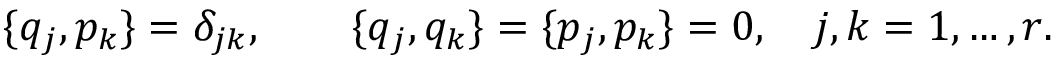
\{ q _ { j } , p _ { k } \} = \delta _ { j k } , \qquad \{ q _ { j } , q _ { k } \} = \{ p _ { j } , p _ { k } \} = 0 , \quad j , k = 1 , \ldots , r .